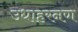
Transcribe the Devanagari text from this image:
उधाहरनण